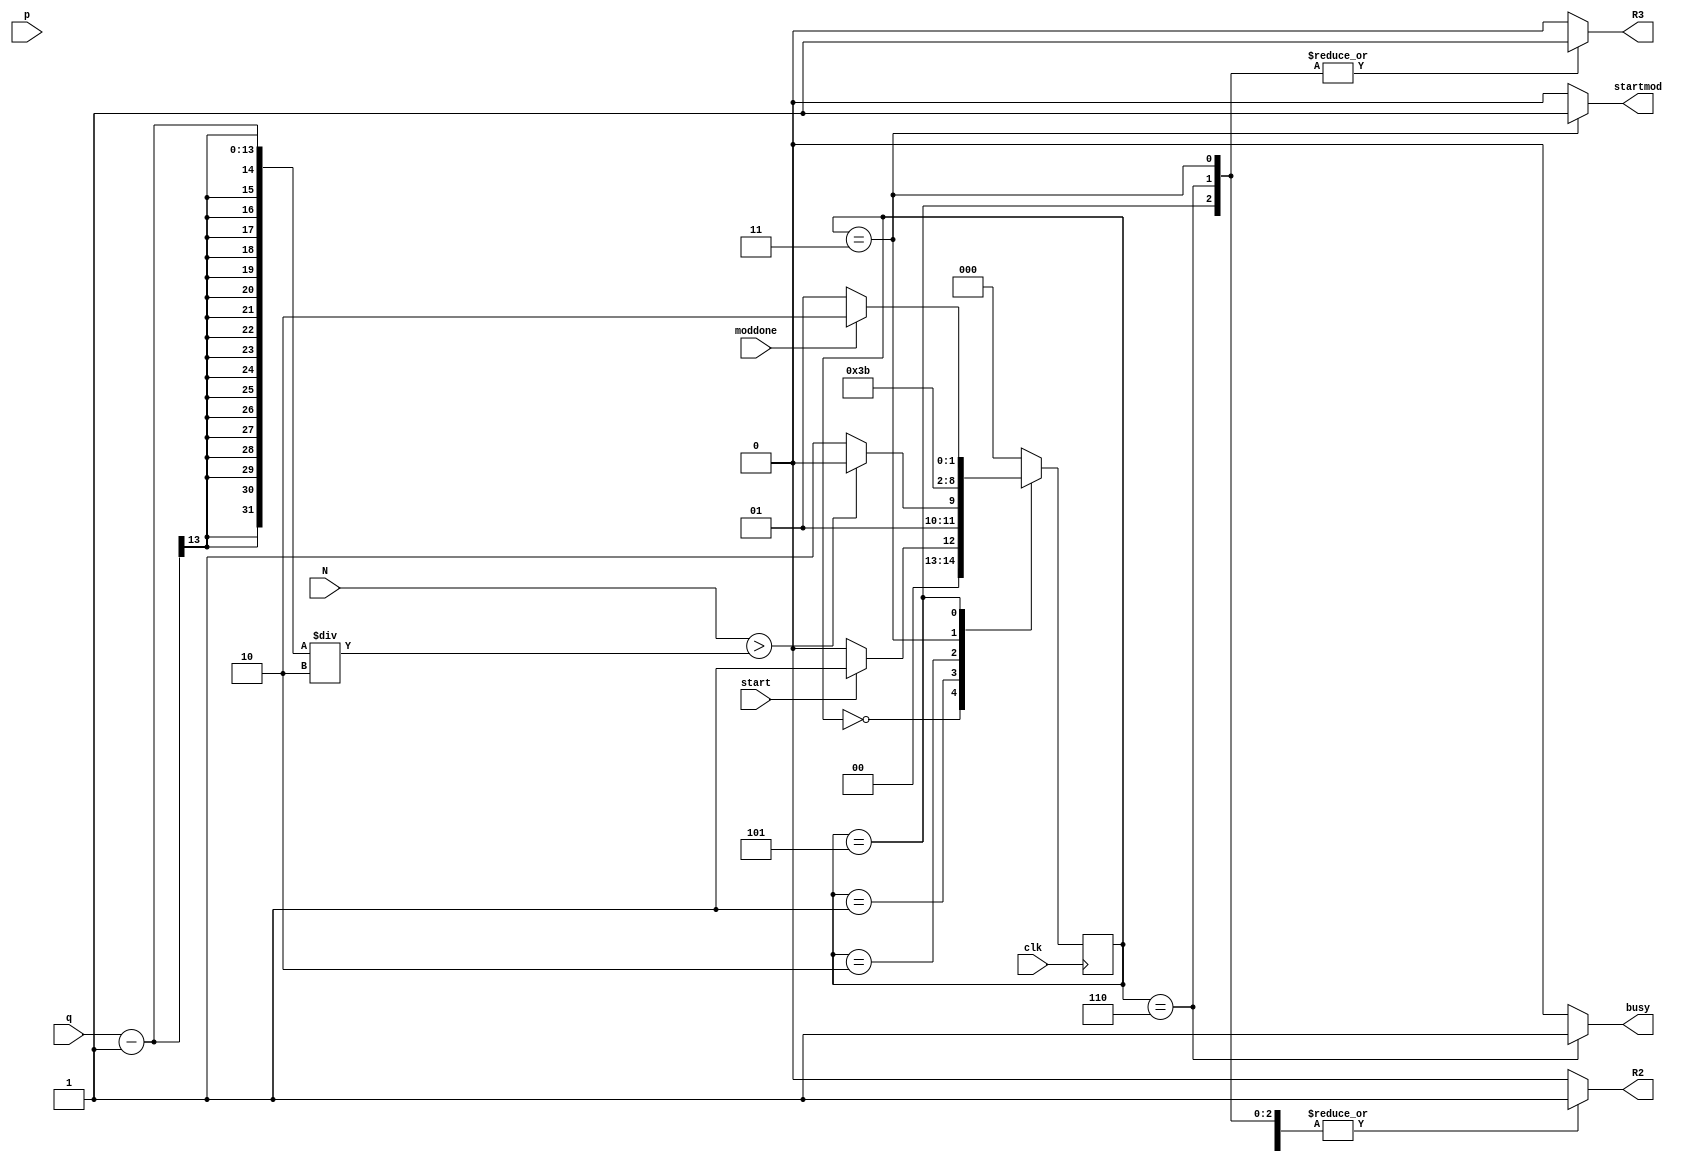
`timescale 1ns / 1ps
//////////////////////////////////////////////////////////////////////////////////
// Company: 
// Engineer: 
// 
// Design Name: 
// Module Name: modulo3_decap_FSM
// Project Name: 
// Target Devices: 
// Tool Versions: 
// Description: 
// 
// Dependencies: 
// 
// Revision:
// Revision 0.01 - File Created
// Additional Comments:
// 
//////////////////////////////////////////////////////////////////////////////////


module modulo3_decap_FSM(
    input clk,
    input start,
    input moddone,
    input [12:0] N,
    input [12:0]q,
    input [12:0] p,    
    output reg R2, R3,
    output reg busy, startmod
    );
    
    parameter Inicio  = 5'b000;
    parameter preg1 =5'b001;
    parameter D1= 5'b010;
    parameter temp=5'b011;
    parameter temp2=5'b100;
    parameter mod1=5'b101;
    parameter salida = 5'b110;


    reg [2:0] presente = Inicio; // Registro de Estado - Valor inicial
    reg [2:0] futuro;            // Entrada del registro de Estado

    // Registro de estado 
    always @(posedge clk)
        presente <= futuro;

    // Lgica del estado siguiente
    always @(presente, N, q, p,start, moddone)
        case (presente)
            Inicio :
                if(start)
                    futuro <= preg1;            
                else
                    futuro <= Inicio;
            preg1:
                if(N>(q-1)/2)
                    futuro <= D1;                  
                else
                    futuro <= temp;
            D1:
                futuro <= temp;
            temp:
                futuro <=mod1;           
            mod1:
                if(moddone)
                    futuro <= salida;
                else
                    futuro <= mod1;               
            salida:
                futuro <= Inicio;
            default:
                futuro <= Inicio;
        endcase
    
    // Lgica de salida
    always @(presente)
        case (presente)
            Inicio : begin
                R2 <= 1'b0;
                R3 <= 1'b0;
                busy <= 1'b0;
                startmod <=1'b0; 
            end
            preg1 : begin
                R2 <= 1'b0;
                R3 <= 1'b0;
                busy <= 1'b0;
                startmod <=1'b0; 
            end
            D1: begin
                R2 <= 1'b1;
                R3 <= 1'b0;
                busy <= 1'b0;
                startmod <=1'b0;  
            end
            temp: begin
                R2 <= 1'b1;
                R3 <= 1'b1;
                busy <= 1'b0;
                startmod <=1'b1;
            end  
            mod1: begin
                R2 <= 1'b1;
                R3 <= 1'b1;
                busy <= 1'b0;
                startmod <=1'b0;
            end
            salida: begin
               R2 <= 1'b1;
                R3 <= 1'b1;
                busy <= 1'b1;
                startmod <=1'b0;
            end 
            default: begin
                R2 <= 1'b0;
                R3 <= 1'b0;
                busy <= 1'b0;
                startmod <=1'b0; 
             end 
     endcase
endmodule